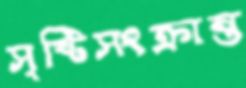
সৃষ্টিসংক্রান্ত